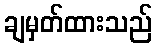
ချမှတ်ထားသည်